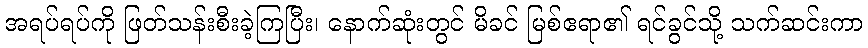
အရပ်ရပ်ကို ဖြတ်သန်းစီးခဲ့ကြပြီး၊ နောက်ဆုံးတွင် မိခင် မြစ်ဧရာ၏ ရင်ခွင်သို့ သက်ဆင်းကာ